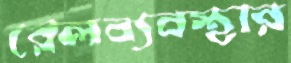
রেলব্যবস্থার